Source: Handwritten
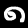
Digit: ၈ (8)